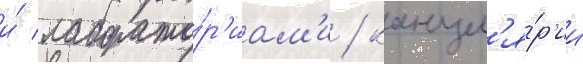
и́ лаборато́р'иам'и / канцел'я́р'ии